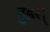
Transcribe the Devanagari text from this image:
वुडस्